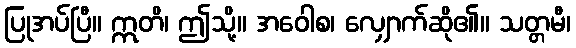
ပြုအပ်ပြီ။ ဣတိ၊ ဤသို့။ အဝေါစ၊ လျှောက်ဆို၏။ သတ္တမီ၊